Scottish Leaving Certificate Examination, 1956
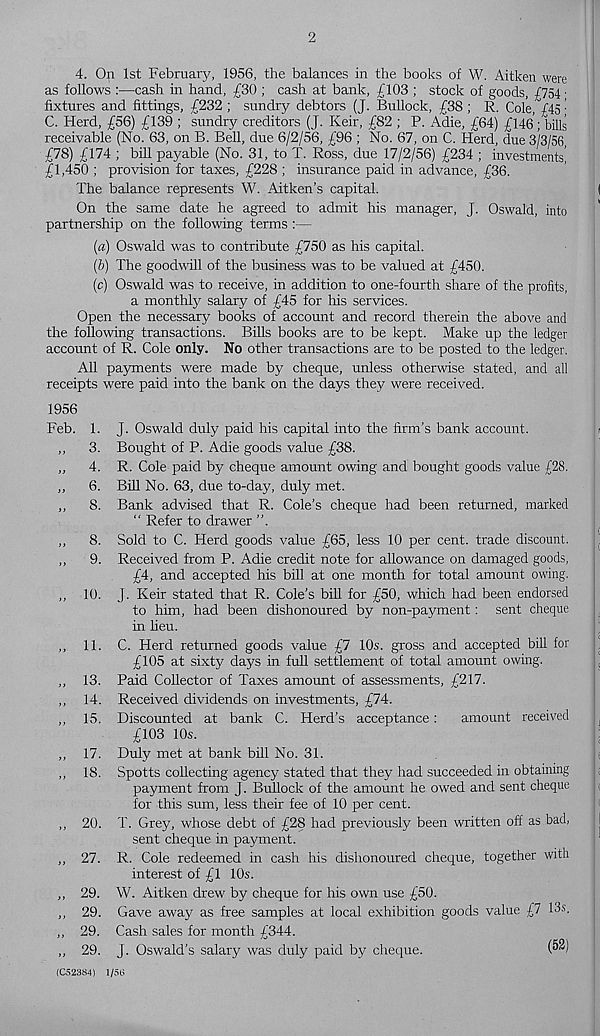
2
4. On 1st Febraary, 1956, the balances in the books of W. Aitken were
as follows :—cash in hand, £30 ; cash at bank, £103 ; stock of goods, £754 ■
fixtures and fittings, £232 ; sundry debtors (J. Bullock, £38 ; R. Cole, £45 ■
C. Herd, £56) £139 ; sundry creditors (J. Keir, £82 ; P. Adie, £64) £146; bills
receivable (No. 63, on B. Bell, due 6/2/56, £96 ; No. 67, on C. Herd, due 3/3/56
£78) £174 ; bill payable (No. 31, to T. Ross, due 17/2/56) £234 ; investments!
£1,450 ; provision for taxes, £228 ; insurance paid in advance, £36.
The balance represents W. Aitken’s capital.
On the same date he agreed to admit his manager, J. Oswald, into
partnership on the following terms :—
(a) Oswald was to contribute £750 as his capital.
(b) The goodwill of the business was to be valued at £450.
(c) Oswald was to receive, in addition to one-fourth share of the profits,
a monthly salary of £45 for his services.
Open the necessary books of account and record therein the above and
the following transactions. Bills books are to be kept. Make up the ledger
account of R. Cole only. No other transactions are to be posted to the ledger.
All payments were made by cheque, unless otherwise stated, and all
receipts were paid into the bank on the days they were received.
1956
Feb. 1.
„ 3.
„ 4.
„ 6.
„ 8.
„ 8.
„ 9.
„ 10.
11.
13.
14.
15.
17.
18.
„ 20.
„ 27.
„ 29.
„ 29.
„ 29.
J. Oswald duly paid his capital into the firm’s bank account.
Bought of P. Adie goods value £38.
R. Cole paid by cheque amount owing and bought goods value £28.
Bill No. 63, due to-day, duly met.
Bank advised that R. Cole’s cheque had been returned, marked
“ Refer to drawer ”.
Sold to C. Herd goods value £65, less 10 per cent, trade discount.
Received from P. Adie credit note for allowance on damaged goods,
£4, and accepted his bill at one month for total amount owing.
j. Keir stated that R. Cole’s bill for £50, which had been endorsed
to him, had been dishonoured by non-payment: sent cheque
in lieu.
C. Herd returned goods value £7 10s. gross and accepted bill for
£105 at sixty days in full settlement of total amount owing.
Paid Collector of Taxes amount of assessments, £217.
Received dividends on investments, £74.
Discounted at bank C. Herd’s acceptance:
amount received
£103 10s.
Duly met at bank bill No. 31.
Spotts collecting agency stated that they had succeeded in obtaining
payment from J. Bullock of the amount he owed and sent cheque
for this sum, less their fee of 10 per cent.
T. Grey, whose debt of £28 had previously been written off as bad,
sent cheque in payment.
R. Cole redeemed in cash his dishonoured cheque, together with
interest of £1 10s.
W. Aitken drew by cheque for his own use £50.
Gave away as free samples at local exhibition goods value £7 13s.
Cash sales for month £344.
J. Oswald’s salary was duly paid by cheque.
(C52384) 1/56